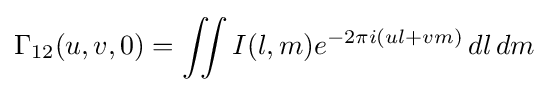
\Gamma _{12}(u,v,0)=\iint I(l,m)e^{-2\pi i(ul+vm)}\,dl\,dm